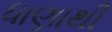
ધાણાથી